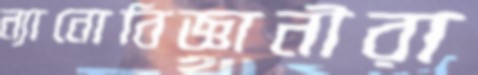
ন্যানোবিজ্ঞানীরা